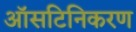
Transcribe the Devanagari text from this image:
ऑसटिनिकरण